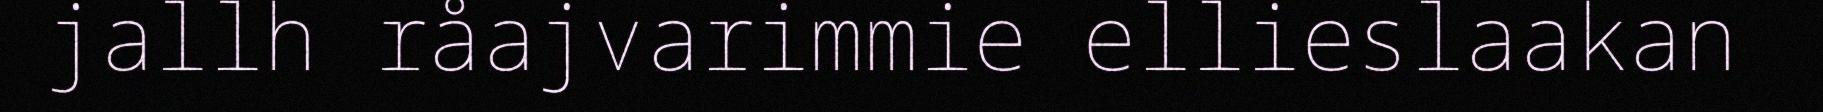
jallh råajvarimmie ellieslaakan